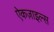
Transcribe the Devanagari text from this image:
ऐकज़ाइल्स